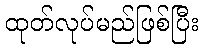
ထုတ်လုပ်မည်ဖြစ်ပြီး